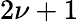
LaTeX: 2\nu+1